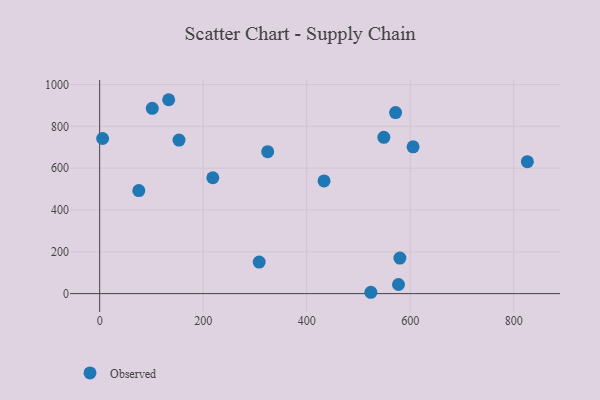
{"axis": {"x": "Distance", "y": "Yield"}, "legend": ["Observed"], "data": [{"x": "605.5", "y": 701.8, "type": "Observed"}, {"x": "580.0", "y": 169.8, "type": "Observed"}, {"x": "101.6", "y": 886.4, "type": "Observed"}, {"x": "75.6", "y": 492.8, "type": "Observed"}, {"x": "577.3", "y": 43.6, "type": "Observed"}, {"x": "571.7", "y": 865.8, "type": "Observed"}, {"x": "133.3", "y": 927.3, "type": "Observed"}, {"x": "324.6", "y": 678.9, "type": "Observed"}, {"x": "549.0", "y": 747.7, "type": "Observed"}, {"x": "433.5", "y": 539.1, "type": "Observed"}, {"x": "308.2", "y": 150.8, "type": "Observed"}, {"x": "218.6", "y": 554.2, "type": "Observed"}, {"x": "826.3", "y": 630.8, "type": "Observed"}, {"x": "5.7", "y": 741.8, "type": "Observed"}, {"x": "153.3", "y": 734.3, "type": "Observed"}, {"x": "523.9", "y": 6.4, "type": "Observed"}]}